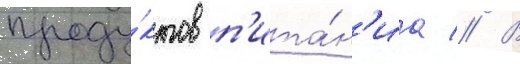
проду́ктов п'ита́н'иа // В